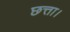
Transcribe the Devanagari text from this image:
छत्ता।